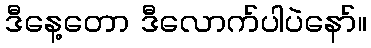
ဒီနေ့တော ဒီလောက်ပါပဲနော်။